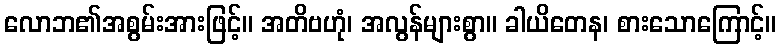
လောဘ၏အစွမ်းအားဖြင့်။ အတိဗဟုံ၊ အလွန်များစွာ။ ခါယိတေန၊ စားသောကြောင့်။